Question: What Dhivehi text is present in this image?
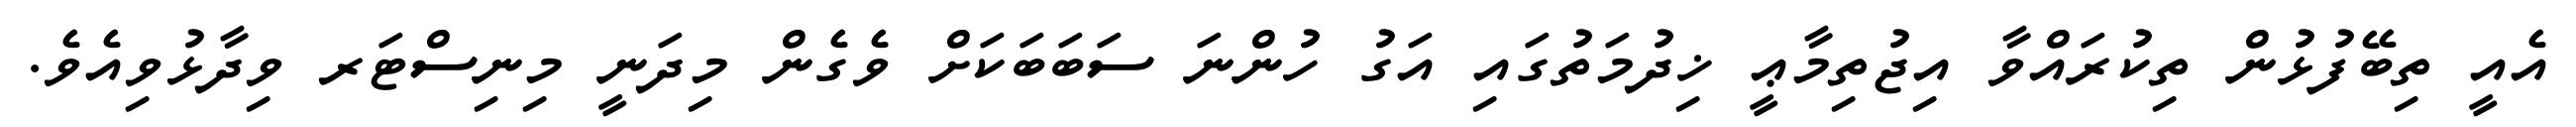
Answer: އެއީ ތިބޭފުޅުން ތިކުރައްވާ އިޖުތިމާޢީ ޚިދުމަތުގައި އަގު ހުންނަ ސަބަބަކަށް ވެގެން މިދަނީ މިނިސްޓަރ ވިދާޅުވިއެވެ.